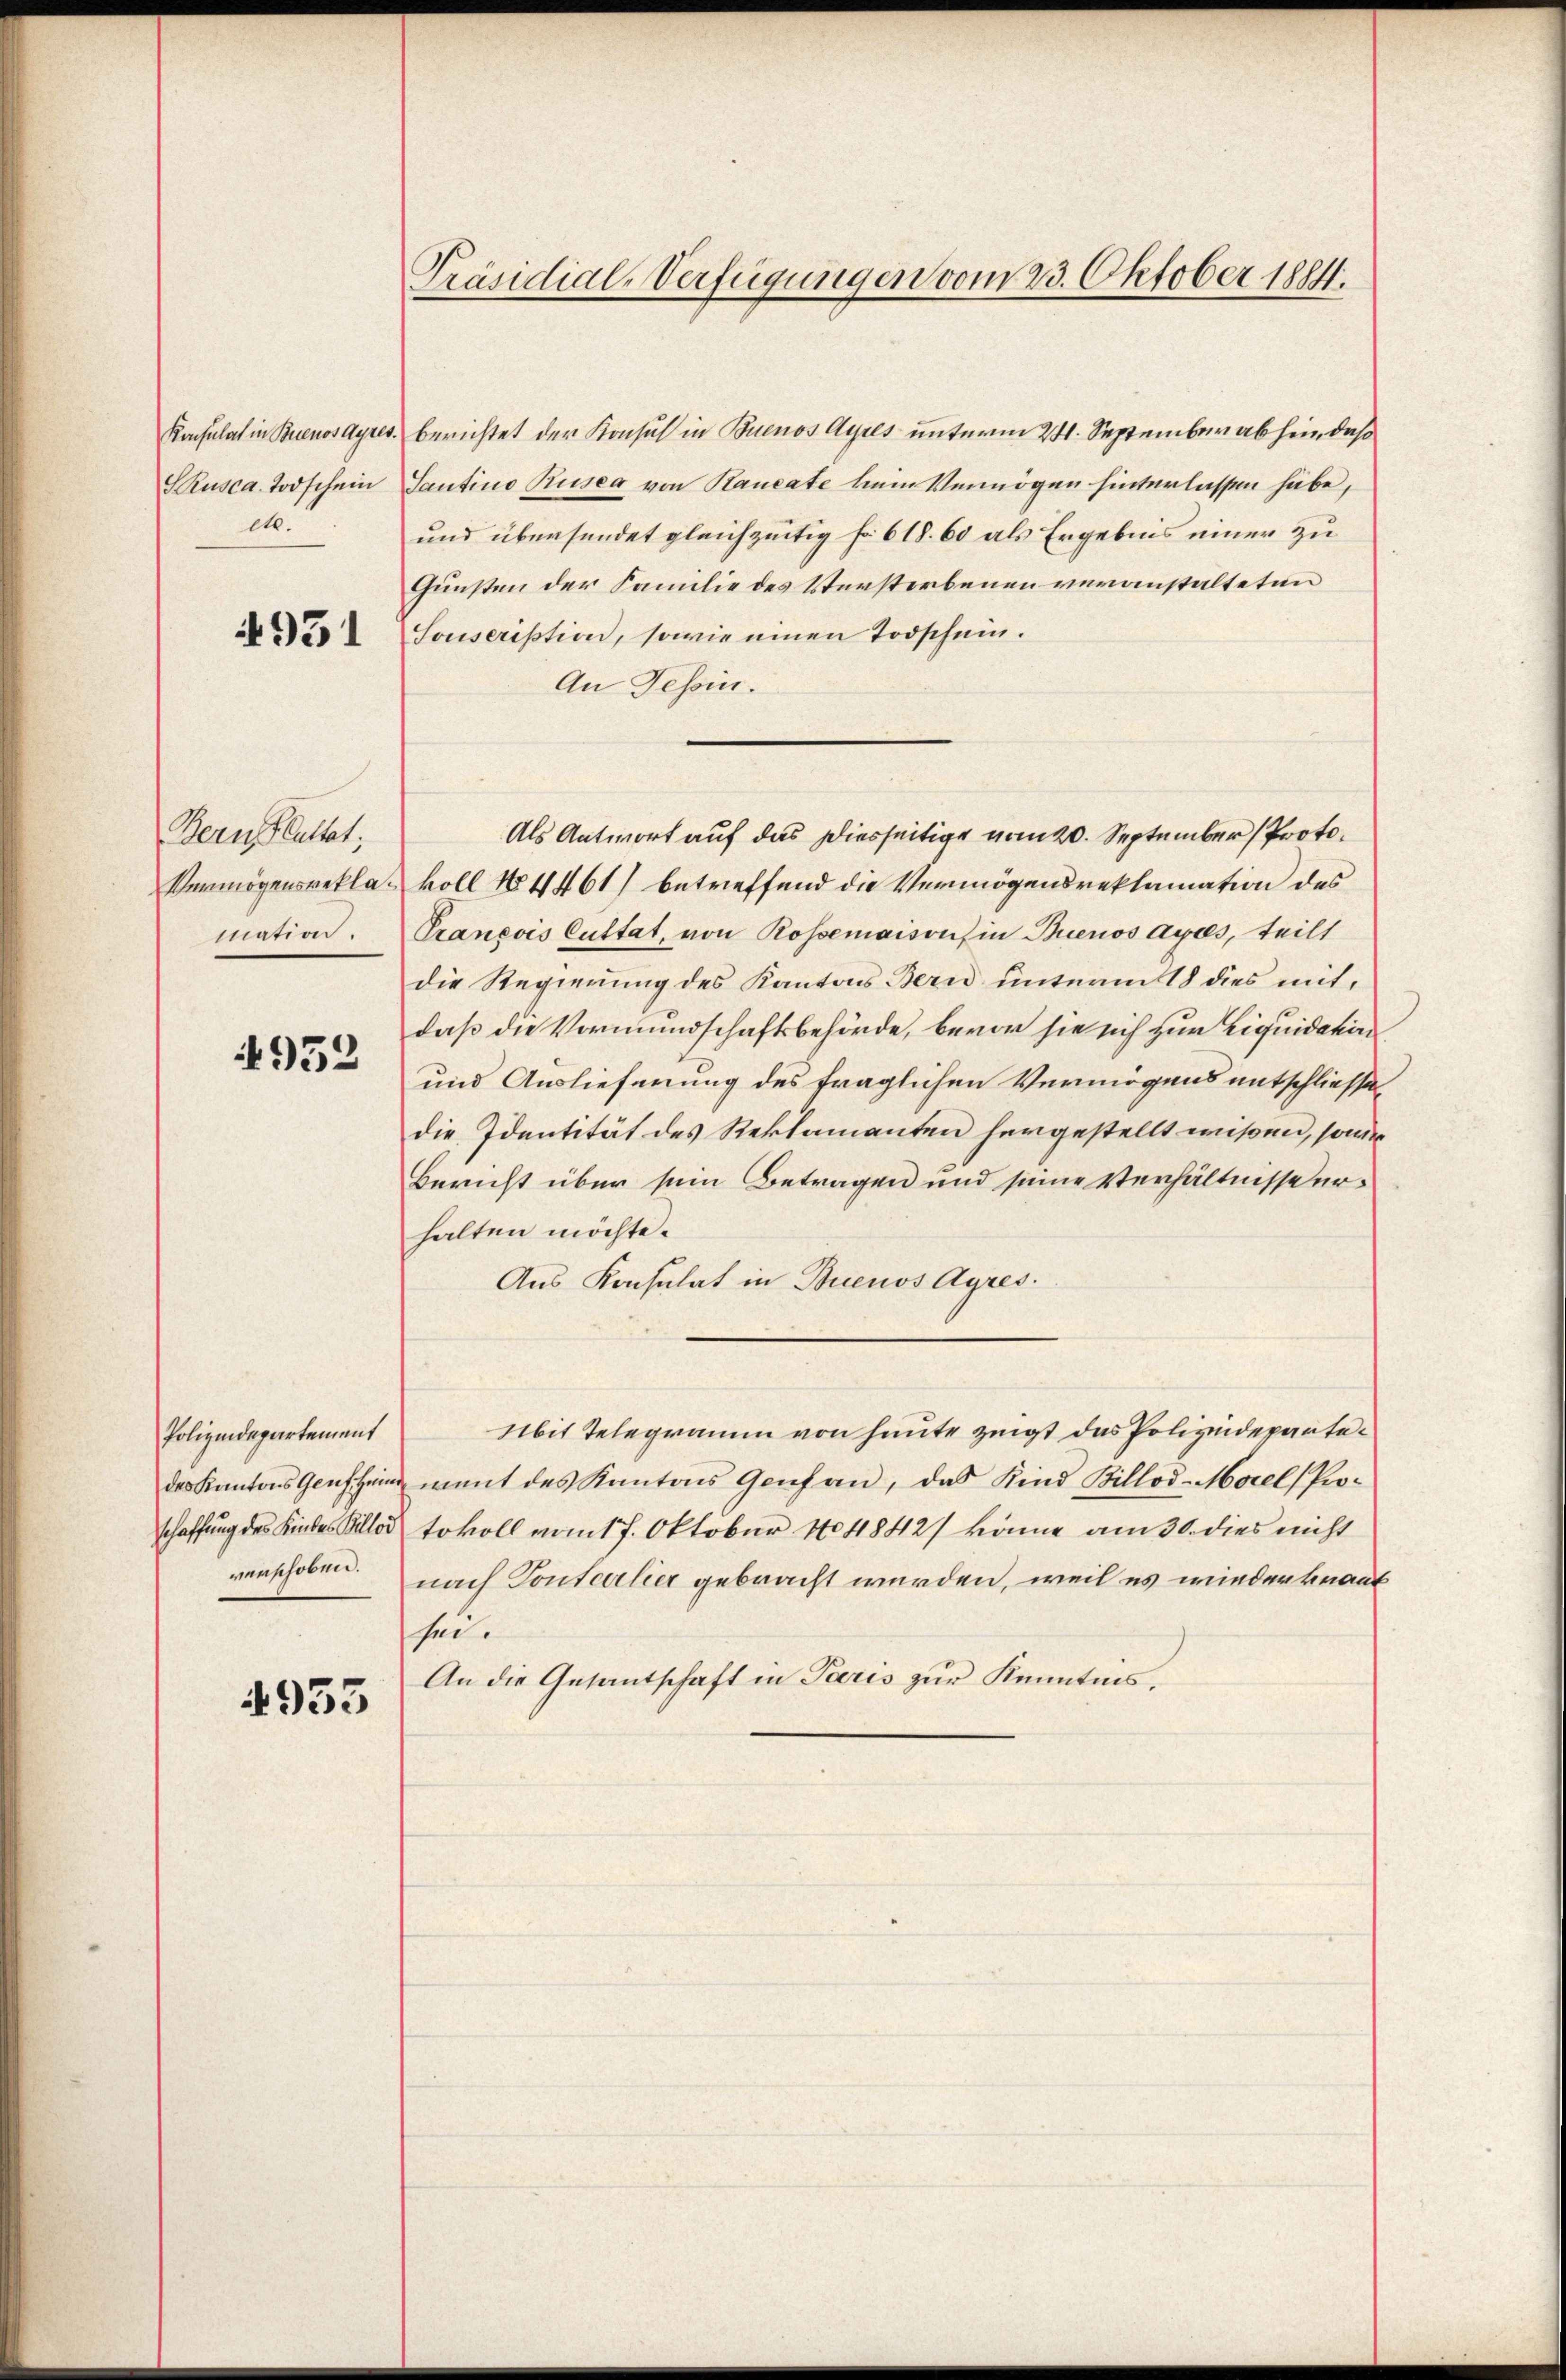
et.

Bernsluttat;
mation

952

Polizeidepartement

4933

Präsidial-Verfügungen vom 23. Oktober 1884.

Konsulat in Buenos Ayres, berichtet der Konsul in Buenos Ayres unterm 24. September abhin, daß
SRusca. Todschein Santino Rusea von Raucate kein Vermögen hinterlassen habe,
und übersendet gleichzeitig fr. 618. 60 als Ergebnis einer zu
Gunsten der Familie des Verstorbenen veranstalteten
 Souscription, sowie einen Todschein.
An Tessin.
Als Antwort auf das Diesseitige vom 20. September Proto¬
Vermögensrekla koll No 4461) betreffend die Vermögensreklamation des
Oranevis Cuttat, von Rossemaisons in Buenos Ayres, teilt
die Regierung des Kantons Bern unterm 18 dies mit,
daß die Vormundschaftsbehörde, bevor sie sich zur Liquidation
und Auslieferung des fraglichen Vermögens entschliesse
die Identität des Reklamanten hergestellt wißen, sowie
Bericht über sein Betragen und seine Verhältnissverhalten möchte.
Aus Konsulat in Buenos Ayres.
Mit Telegramm von heute zeigt das Polizeidepartedes Kantons Genfein ment des Kantons Genf an, das Kind Billod-Morel (Proschaffung des Kindes Allod tokoll vom 17. Oktober 184842) könne am 30. dies nicht
verschoben nach Ponterlier gebracht werden, weil es wieder knauf
sei.
An die Gesantschaft in Paris zur Kenntnis.